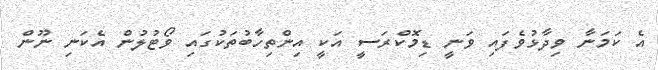
އެ ކަމަނާ ވިދާޅުވެފައި ވަނީ ޑިމޮކްރަސީ އަކީ އިންތިހާބުތަކުގައި ވޯޓުުލުން އެކަނި ނޫން